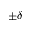
\pm \delta